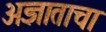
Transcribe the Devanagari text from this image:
अज्ञाताचा